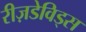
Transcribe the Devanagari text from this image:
रीज़डेविड्स